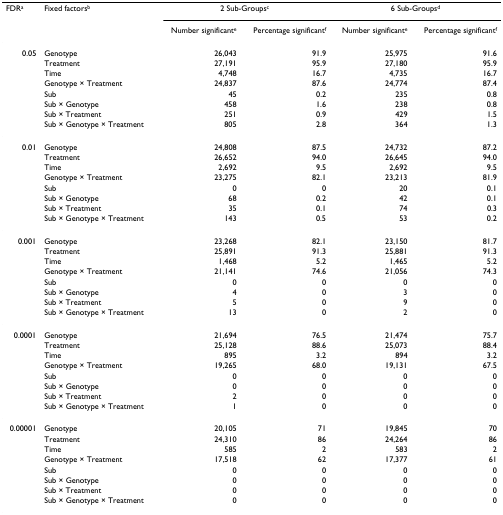
<table><thead><tr><td><b>FDR<sup>a</sup></b></td><td><b>Fixed factors<sup>b</sup></b></td><td colspan="2"><b>2 Sub-Groups<sup>c</sup></b></td><td colspan="2"><b>6 Sub-Groups<sup>d</sup></b></td></tr><tr><td></td><td></td><td><b>Number significant<sup>e</sup></b></td><td><b>Percentage significant<sup>f</sup></b></td><td><b>Number significant<sup>e</sup></b></td><td><b>Percentage significant<sup>f</sup></b></td></tr></thead><tbody><tr><td>0.05</td><td>Genotype</td><td>26,043</td><td>91.9</td><td>25,975</td><td>91.6</td></tr><tr><td></td><td>Treatment</td><td>27,191</td><td>95.9</td><td>27,180</td><td>95.9</td></tr><tr><td></td><td>Time</td><td>4,748</td><td>16.7</td><td>4,735</td><td>16.7</td></tr><tr><td></td><td>Genotype × Treatment</td><td>24,837</td><td>87.6</td><td>24,774</td><td>87.4</td></tr><tr><td></td><td>Sub</td><td>45</td><td>0.2</td><td>235</td><td>0.8</td></tr><tr><td></td><td>Sub × Genotype</td><td>458</td><td>1.6</td><td>238</td><td>0.8</td></tr><tr><td></td><td>Sub × Treatment</td><td>251</td><td>0.9</td><td>429</td><td>1.5</td></tr><tr><td></td><td>Sub × Genotype × Treatment</td><td>805</td><td>2.8</td><td>364</td><td>1.3</td></tr><tr><td>0.01</td><td>Genotype</td><td>24,808</td><td>87.5</td><td>24,732</td><td>87.2</td></tr><tr><td></td><td>Treatment</td><td>26,652</td><td>94.0</td><td>26,645</td><td>94.0</td></tr><tr><td></td><td>Time</td><td>2,692</td><td>9.5</td><td>2,692</td><td>9.5</td></tr><tr><td></td><td>Genotype × Treatment</td><td>23,275</td><td>82.1</td><td>23,213</td><td>81.9</td></tr><tr><td></td><td>Sub</td><td>0</td><td>0</td><td>20</td><td>0.1</td></tr><tr><td></td><td>Sub × Genotype</td><td>68</td><td>0.2</td><td>42</td><td>0.1</td></tr><tr><td></td><td>Sub × Treatment</td><td>35</td><td>0.1</td><td>74</td><td>0.3</td></tr><tr><td></td><td>Sub × Genotype × Treatment</td><td>143</td><td>0.5</td><td>53</td><td>0.2</td></tr><tr><td>0.001</td><td>Genotype</td><td>23,268</td><td>82.1</td><td>23,150</td><td>81.7</td></tr><tr><td></td><td>Treatment</td><td>25,891</td><td>91.3</td><td>25,881</td><td>91.3</td></tr><tr><td></td><td>Time</td><td>1,468</td><td>5.2</td><td>1,465</td><td>5.2</td></tr><tr><td></td><td>Genotype × Treatment</td><td>21,141</td><td>74.6</td><td>21,056</td><td>74.3</td></tr><tr><td></td><td>Sub</td><td>0</td><td>0</td><td>0</td><td>0</td></tr><tr><td></td><td>Sub × Genotype</td><td>4</td><td>0</td><td>3</td><td>0</td></tr><tr><td></td><td>Sub × Treatment</td><td>5</td><td>0</td><td>9</td><td>0</td></tr><tr><td></td><td>Sub × Genotype × Treatment</td><td>13</td><td>0</td><td>2</td><td>0</td></tr><tr><td>0.0001</td><td>Genotype</td><td>21,694</td><td>76.5</td><td>21,474</td><td>75.7</td></tr><tr><td></td><td>Treatment</td><td>25,128</td><td>88.6</td><td>25,073</td><td>88.4</td></tr><tr><td></td><td>Time</td><td>895</td><td>3.2</td><td>894</td><td>3.2</td></tr><tr><td></td><td>Genotype × Treatment</td><td>19,265</td><td>68.0</td><td>19,131</td><td>67.5</td></tr><tr><td></td><td>Sub</td><td>0</td><td>0</td><td>0</td><td>0</td></tr><tr><td></td><td>Sub × Genotype</td><td>0</td><td>0</td><td>0</td><td>0</td></tr><tr><td></td><td>Sub × Treatment</td><td>2</td><td>0</td><td>0</td><td>0</td></tr><tr><td></td><td>Sub × Genotype × Treatment</td><td>1</td><td>0</td><td>0</td><td>0</td></tr><tr><td>0.00001</td><td>Genotype</td><td>20,105</td><td>71</td><td>19,845</td><td>70</td></tr><tr><td></td><td>Treatment</td><td>24,310</td><td>86</td><td>24,264</td><td>86</td></tr><tr><td></td><td>Time</td><td>585</td><td>2</td><td>583</td><td>2</td></tr><tr><td></td><td>Genotype × Treatment</td><td>17,518</td><td>62</td><td>17,377</td><td>61</td></tr><tr><td></td><td>Sub</td><td>0</td><td>0</td><td>0</td><td>0</td></tr><tr><td></td><td>Sub × Genotype</td><td>0</td><td>0</td><td>0</td><td>0</td></tr><tr><td></td><td>Sub × Treatment</td><td>0</td><td>0</td><td>0</td><td>0</td></tr><tr><td></td><td>Sub × Genotype × Treatment</td><td>0</td><td>0</td><td>0</td><td>0</td></tr></tbody></table>